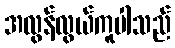
အလွန်လွယ်ကူပါသည်